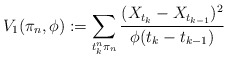
\begin{align*}V_1(\pi_n,\phi):=\sum_{t_k^n\pi_n} \frac{(X_{t_k}-X_{t_{k-1}})^2}{\phi(t_k-t_{k-1})}\end{align*}